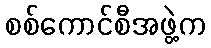
စစ်ကောင်စီအဖွဲ့က